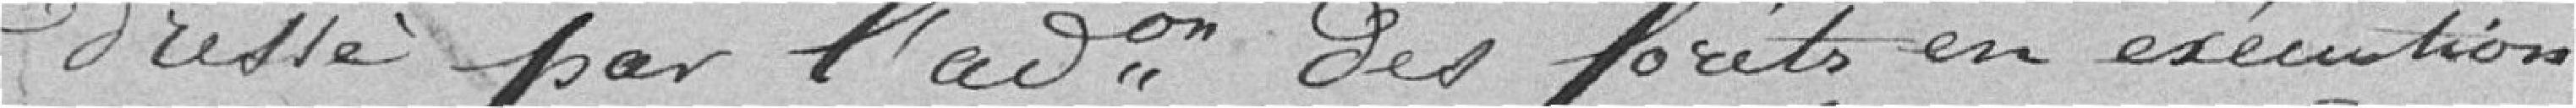
dressé par l'administration des forêts en exécution